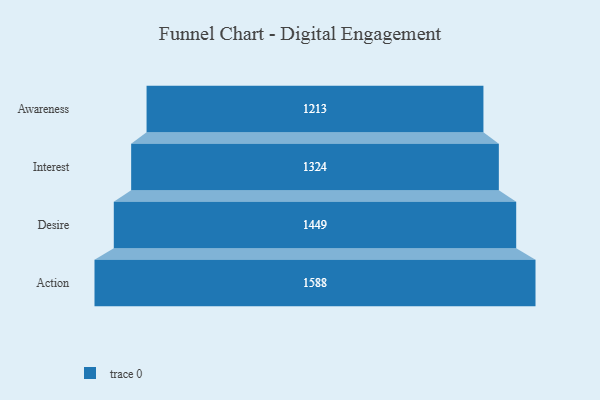
{"axis": {"x": "Stage", "y": "Value"}, "legend": [""], "data": [{"x": "Awareness", "y": 1213.0, "type": ""}, {"x": "Interest", "y": 1324.0, "type": ""}, {"x": "Desire", "y": 1449.0, "type": ""}, {"x": "Action", "y": 1588.0, "type": ""}]}